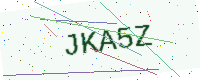
Text: JKA5Z